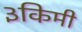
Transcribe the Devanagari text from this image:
३किमी